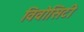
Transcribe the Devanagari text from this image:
विवोसिटी